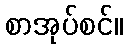
စာအုပ်စင်။